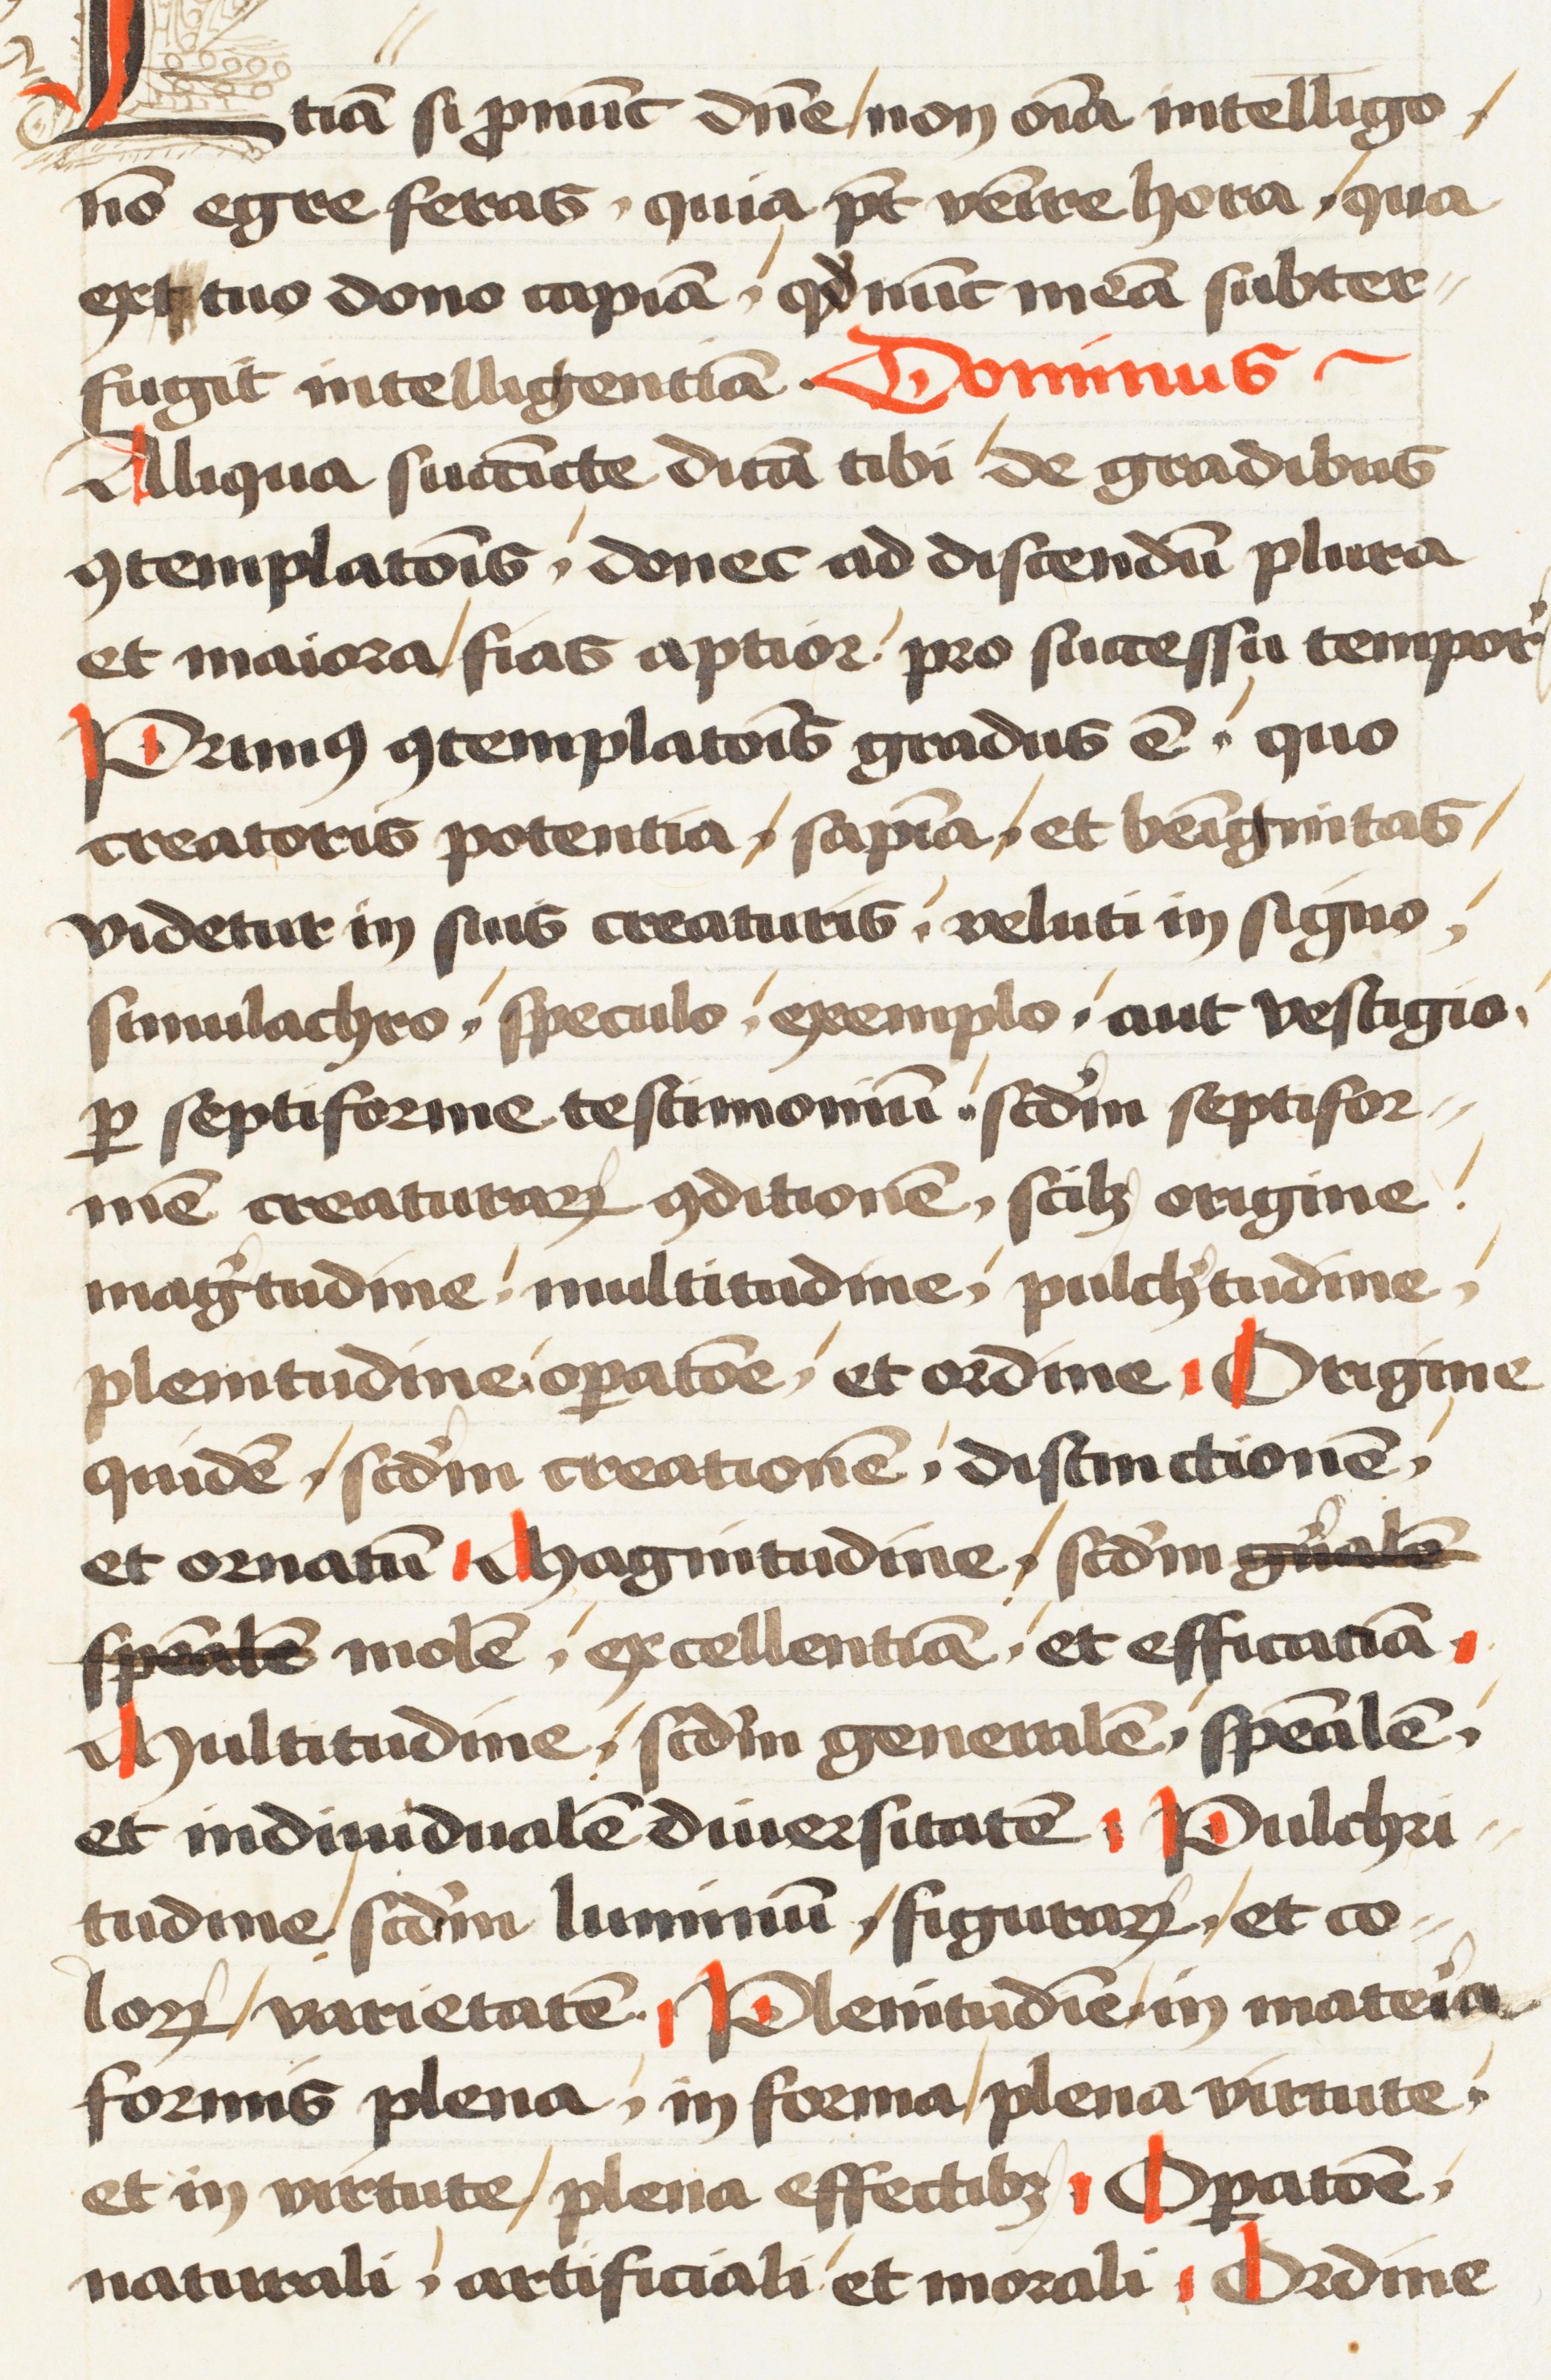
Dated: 1472–1472